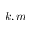
k , m